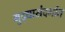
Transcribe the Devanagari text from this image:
मुद्द्यासंदर्भात